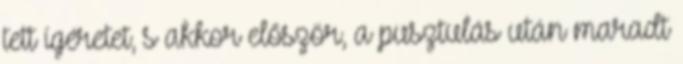
tett ígéretet, s akkor először, a pusztulás után maradt